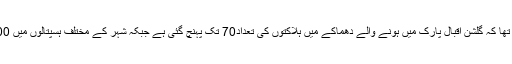
ریسکیو ذرائع کا کہنا تھا کہ گلشن اقبال پارک میں ہونے والے دھماکے میں ہلاکتوں کی تعداد70 تک پہنچ گئی ہے جبکہ شہر کے مختلف ہسپتالوں میں 300 زخمی موجود ہیں۔